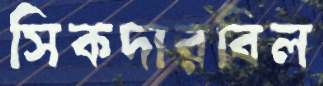
সিকদারবিল